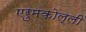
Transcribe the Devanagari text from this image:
एरुमकोल्ली